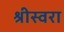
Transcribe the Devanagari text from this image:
श्रीस्वरा